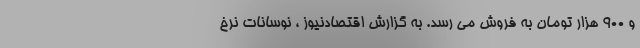
و 900 هزار تومان به فروش می رسد. به گزارش اقتصادنیوز ، نوسانات نرخ